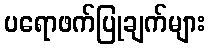
ပရောဖက်ပြုချက်များ